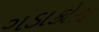
ગડાકોટા